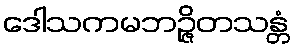
ဒေါသကမဘဉ္ဇိတသန္တံ